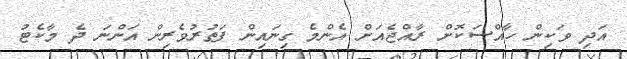
އަދި ވަކިން ހާއްސަކޮށް ރާއްޖެއަށް އެންމެ ގިނައިން ފަތުރުވެރިން އަންނަ ދެ މާކެޓު